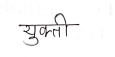
मजकूर: युक्ती